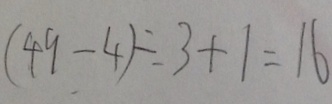
( 4 9 - 4 ) \div 3 + 1 = 1 6